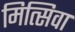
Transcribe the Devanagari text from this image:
मित्सिवा